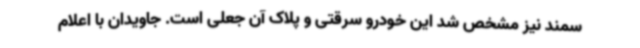
سمند نیز مشخص شد این خودرو سرقتی و پلاک آن جعلی است. جاویدان با اعلام